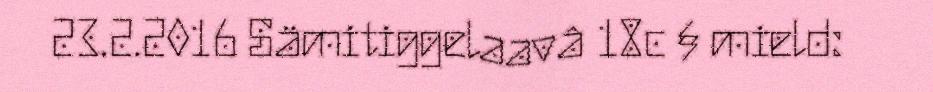
23.2.2016 Sämitiggelaavâ 18c § mield: